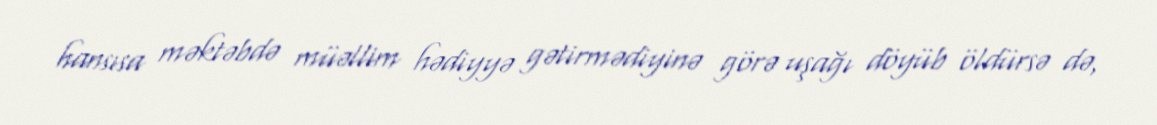
hansısa məktəbdə müəllim hədiyyə gətirmədiyinə görə uşağı döyüb öldürsə də,